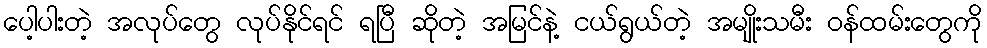
ပေါ့ပါးတဲ့ အလုပ်တွေ လုပ်နိုင်ရင် ရပြီ ဆိုတဲ့ အမြင်နဲ့ ငယ်ရွယ်တဲ့ အမျိုးသမီး ဝန်ထမ်းတွေကို